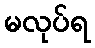
မလုပ်ရ